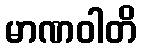
မာဏဝါတိ